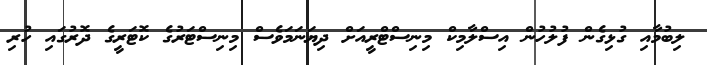
ލިބުމާއި ގުޅިގެން ފުލުހުން އިސްލާމިކް މިނިސްޓްރީއަށް ދިޔަނަމަވެސް މިނިސްޓަރުގެ ކޮޓަރީގެ ދޮރުގައި ހުރި